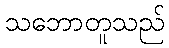
သဘောတူသည်